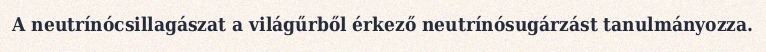
A neutrínócsillagászat a világűrből érkező neutrínósugárzást tanulmányozza.